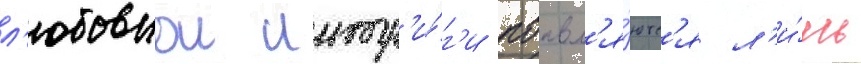
л'юбовнои интр'и́г'и поавл'я́ютс'я л'и́шь